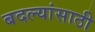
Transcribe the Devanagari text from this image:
बदल्यांसाठी